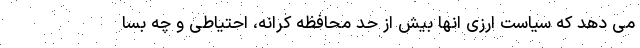
می دهد که سیاست ارزی انها بیش از حد محافظه کرانه، احتیاطی و چه بسا